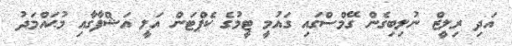
އަދި ރިލީޒް ނުލިބިގެން ގޭމްސްގައި ގައުމީ ޓީމުގެ ކެޕްޓަން އަލީ އަޝްފާގާއި މުޙައްމަދު